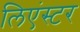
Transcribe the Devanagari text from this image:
लिएंस्टर